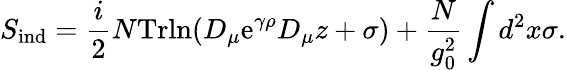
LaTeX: S_{\mathrm{ind}}={\frac{i}{2}}N\mathrm{Trln}(D_{\mu}\mathrm{e}^{\gamma\rho}D_{\mu}z+\sigma)+{\frac{N}{g_{0}^{2}}}\int d^{2}x\sigma.